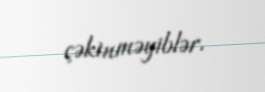
çəkinməyiblər.